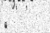
٥